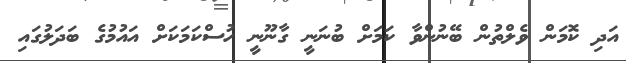
އަދި ކޮމަން ވެލްތުން ބޭނުންވާ ކަމަށް ބުނަނީ ގާނޫނީ ހުސްކަމަކަށް އައުމުގެ ބަދަލުގައި